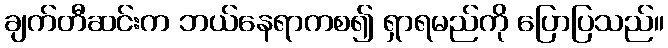
ချက်တီဆင်းက ဘယ်နေရာကစ၍ ရှာရမည်ကို ပြောပြသည်။